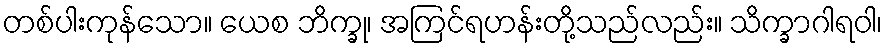
တစ်ပါးကုန်သော။ ယေစ ဘိက္ခု၊ အကြင်ရဟန်းတို့သည်လည်း။ သိက္ခာဂါရဝါ၊